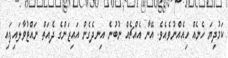
ކަމުދިޔަ ހެނެއް ހިއެއްނުވެއެވެ. އޭނާ އެއްޗެއް ނުބުނެ އިނދެގެން އައިޒަންގެ ދެއަތް ނައްޓުވާލައިފައި